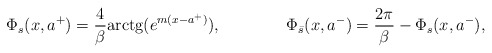
\begin{align*}\Phi _{s}(x,a^+)=\frac{4}{\beta }{\textrm{arctg}}(e^{m(x-a^+)}),\qquad \qquad \Phi _{\bar{s}}(x,a^-)=\frac{2\pi }{\beta }-\Phi _{s}(x,a^-),\end{align*}